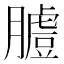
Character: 𦟚